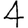
Digit: 4